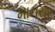
માનસર